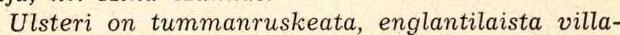
Ulsteri on tummanruskeata, englantilaista villa-